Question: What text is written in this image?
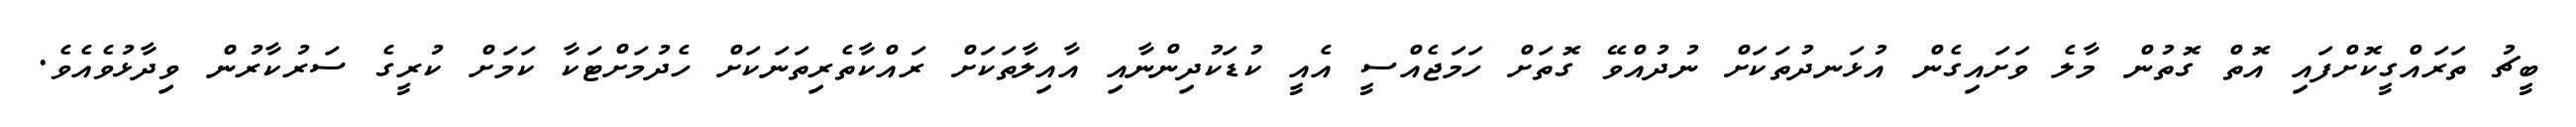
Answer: ބީޗު ތަރައްގީކޮށްފައި އޮތް ގޮތުން މާލެ ވަށައިގެން އުޅަނދުތަކަށް ނުދުއްވޭ ގޮތަށް ހަމަޖެއްސީ އެއީ ކުޑަކުދިންނާއި އާއިލާތަކަށް ރައްކާތެރިތަނަކަށް ހެދުމަށްޓަކާ ކަމަށް ކުރީގެ ސަރުކާރުން ވިދާޅުވެއެވެ.